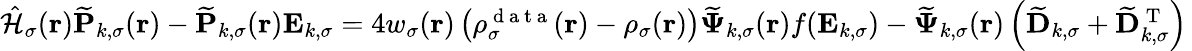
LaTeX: \begin{array}{r}{\hat{\mathcal{{H}}}_{\sigma}(\boldsymbol{\textbf{r}})\mathbf{\widetilde{P}}_{k,\sigma}(\boldsymbol{\textbf{r}})-\mathbf{\widetilde{P}}_{k,\sigma}(\boldsymbol{\textbf{r}})\mathbf{E}_{k,\sigma}=4w_{\sigma}(\boldsymbol{\textbf{r}})\left(\rho_{\sigma}^{\mathrm{~d~a~t~a~}}(\boldsymbol{\textbf{r}})-\rho_{\sigma}(\boldsymbol{\textbf{r}})\right)\boldsymbol{\widetilde{\Psi}}_{k,\sigma}(\boldsymbol{\textbf{r}})f(\mathbf{E}_{k,\sigma})-\boldsymbol{\widetilde{\Psi}}_{k,\sigma}(\boldsymbol{\textbf{r}})\left(\mathbf{\widetilde{D}}_{k,\sigma}+\mathbf{\widetilde{D}}_{k,\sigma}^{\mathrm{~T~}}\right)\, }\end{array}